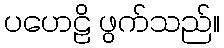
ပဟေဠိ ဖွက်သည်။